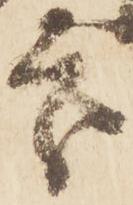
處